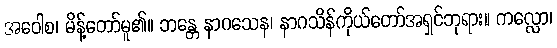
အဝေါစ၊ မိန့်တော်မူ၏။ ဘန္တေ နာဂသေန၊ နာဂသိန်ကိုယ်တော်အရှင်ဘုရား။ ကလ္လော၊